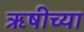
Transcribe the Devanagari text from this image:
ऋषीच्या